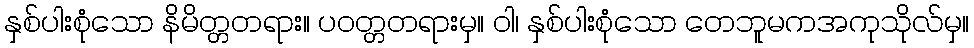
နှစ်ပါးစုံသော နိမိတ္တတရား။ ပဝတ္တတရားမှ။ ဝါ၊ နှစ်ပါးစုံသော တေဘူမကအကုသိုလ်မှ။